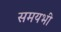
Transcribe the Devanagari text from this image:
समयभी